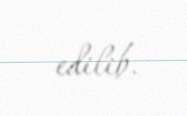
edilib.